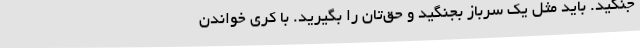
جنگید. باید مثل یک سرباز بجنگید و حق‌تان را بگیرید. با کری‌ خواندن